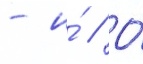
- и́ // О́